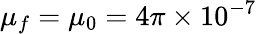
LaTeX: \mu_{f}=\mu_{0}=4\pi\times 10^{-7}